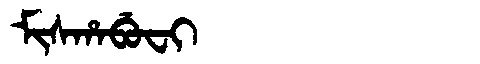
Manchu: ᠮᡳᠰᡥᠠᠪᡠᠸᡳ
Romanization: MISHABUFI